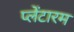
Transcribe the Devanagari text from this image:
प्लेंटारम